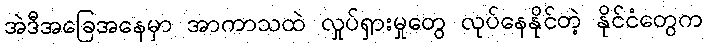
အဲဒီအခြေအနေမှာ အာကာသထဲ လှုပ်ရှားမှုတွေ လုပ်နေနိုင်တဲ့ နိုင်ငံတွေက